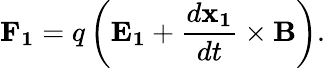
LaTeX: \mathbf{F_{1}}=q\left(\mathbf{E_{1}}+{\frac{d\mathbf{x_{1}}}{dt}}\times\mathbf{B}\right).